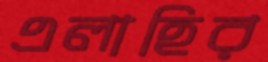
এলাহির